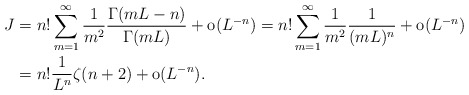
\begin{align*} J&=n!\sum_{m=1}^\infty \frac 1{m^2}\frac{\Gamma(mL-n)}{\Gamma(mL)}+ \textrm{o}(L^{-n}) =n!\sum_{m=1}^\infty \frac 1{m^2}\frac{1}{(mL)^n}+ \textrm{o}(L^{-n})\\ &=n! \frac 1{L^n}\zeta(n+2)+ \textrm{o}(L^{-n}).\end{align*}